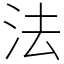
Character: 法